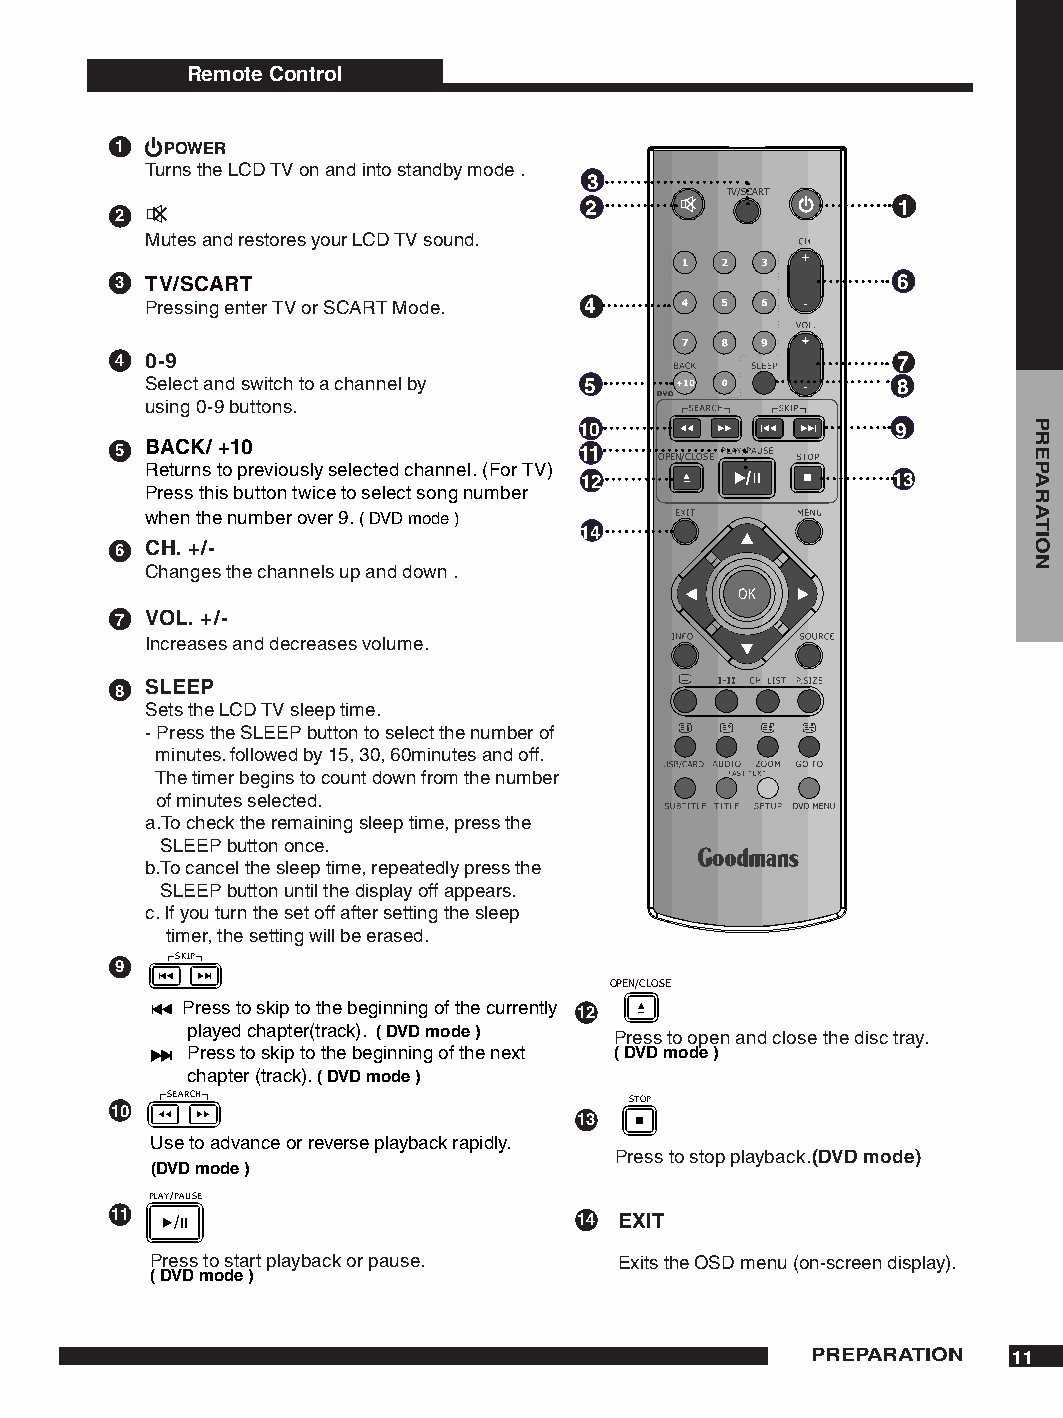
Remote Control
   POWER
 Turns the LCD TV on and into standby mode .
 
 TV/SCART
                    
 
 Mutes and restores your LCD TV sound.
  TV/SCART                                         6
 Pressing enter TV or SCART Mode. 
  0-                                              7
 Select and switch to a channel by               8
 using 0-9 buttons.
 0                   
  BACK/ +0                   
 OPEN/CLOSE
 Returns to previously selected channel. (For TV)
                    
 Press this button twice to select song number
 when the number over 9. ( DVD mode )
 
 6 CH. +/-
 Changes the channels up and down .
 7 VOL. +/-
 Increases and decreases volume.
 8 SLEEP
 Sets the LCD TV sleep time.
 - Press the SLEEP button to select the number of
 minutes. followed by 15, 30, 60minutes and off.
 The timer begins to count down from the number
 of minutes selected.
 a.To check the remaining sleep time, press the
 SLEEP button once.
 b.To cancel the sleep time, repeatedly press the
 SLEEP button until the display off appears.
 c. If you turn the set off after setting the sleep
 timer, the setting will be erased.
 SKIP
 
 OPEN/CLOSE
 Press to skip to the beginning of the currently 
 played chapter(track). ( DVD mode ) Press to open and close the disc tray.
 Press to skip to the beginning of the next ( DVD mode )
 chapter (track). ( DVD mode )
 SEARCH                         STOP
 0
 
 Use to advance or reverse playback rapidly.
 Press to stop playback.(DVD mode)
 (DVD mode )
 PLAY/PAUSE
    /                          EXIT
 Press to start playback or pause. Exits the OSD menu (on-screen display).
 ( DVD mode )
 PREPARATION  
 PREPARATION